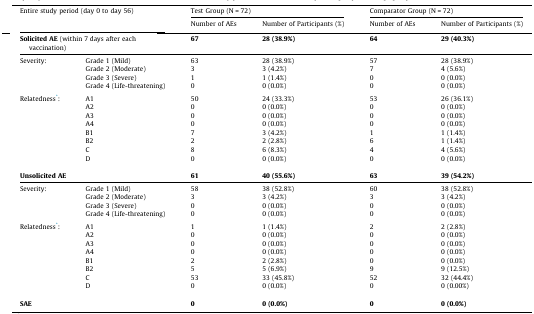
<table><thead><tr><td colspan="2"><b>Entire study period (day 0 to day 56)</b></td><td colspan="2"><b>Test Group (N = 72)</b></td><td colspan="2"><b>Comparator Group (N = 72)</b></td></tr><tr><td colspan="2"></td><td rowspan="2"><b>Number of AEs</b></td><td rowspan="2"><b>Number of Participants (%)</b></td><td rowspan="2"><b>Number of AEs</b></td><td rowspan="2"><b>Number of Participants (%)</b></td></tr></thead><tbody><tr><td colspan="2"><b>Solicited AE</b> (within 7 days after each vaccination)</td><td><b>67</b></td><td><b>28 (38.9%)</b></td><td><b>64</b></td><td><b>29 (40.3%)</b></td></tr><tr><td rowspan="4">Severity:</td><td>Grade 1 (Mild)</td><td>63</td><td>28 (38.9%)</td><td>57</td><td>28 (38.9%)</td></tr><tr><td>Grade 2 (Moderate)</td><td>3</td><td>3 (4.2%)</td><td>7</td><td>4 (5.6%)</td></tr><tr><td>Grade 3 (Severe)</td><td>1</td><td>1 (1.4%)</td><td>0</td><td>0 (0.0%)</td></tr><tr><td>Grade 4 (Life-threatening)</td><td>0</td><td>0 (0.0%)</td><td>0</td><td>0 (0.0%)</td></tr><tr><td colspan="6">  </td></tr><tr><td rowspan="8">Relatedness*:</td><td>A1</td><td>50</td><td>24 (33.3%)</td><td>53</td><td>26 (36.1%)</td></tr><tr><td>A2</td><td>0</td><td>0 (0.0%)</td><td>0</td><td>0 (0.0%)</td></tr><tr><td>A3</td><td>0</td><td>0 (0.0%)</td><td>0</td><td>0 (0.0%)</td></tr><tr><td>A4</td><td>0</td><td>0 (0.0%)</td><td>0</td><td>0 (0.0%)</td></tr><tr><td>B1</td><td>7</td><td>3 (4.2%)</td><td>1</td><td>1 (1.4%)</td></tr><tr><td>B2</td><td>2</td><td>2 (2.8%)</td><td>6</td><td>1 (1.4%)</td></tr><tr><td>C</td><td>8</td><td>6 (8.3%)</td><td>4</td><td>4 (5.6%)</td></tr><tr><td>D</td><td>0</td><td>0 (0.0%)</td><td>0</td><td>0 (0.0%)</td></tr><tr><td colspan="6">  </td></tr><tr><td colspan="2"><b>Unsolicited AE</b></td><td><b>61</b></td><td><b>40 (55.6%)</b></td><td><b>63</b></td><td><b>39 (54.2%)</b></td></tr><tr><td rowspan="4">Severity:</td><td>Grade 1 (Mild)</td><td>58</td><td>38 (52.8%)</td><td>60</td><td>38 (52.8%)</td></tr><tr><td>Grade 2 (Moderate)</td><td>3</td><td>3 (4.2%)</td><td>3</td><td>3 (4.2%)</td></tr><tr><td>Grade 3 (Severe)</td><td>0</td><td>0 (0.0%)</td><td>0</td><td>0 (0.0%)</td></tr><tr><td>Grade 4 (Life-threatening)</td><td>0</td><td>0 (0.0%)</td><td>0</td><td>0 (0.0%)</td></tr><tr><td colspan="6">  </td></tr><tr><td rowspan="8">Relatedness*:</td><td>A1</td><td>1</td><td>1 (1.4%)</td><td>2</td><td>2 (2.8%)</td></tr><tr><td>A2</td><td>0</td><td>0 (0.0%)</td><td>0</td><td>0 (0.0%)</td></tr><tr><td>A3</td><td>0</td><td>0 (0.0%)</td><td>0</td><td>0 (0.0%)</td></tr><tr><td>A4</td><td>0</td><td>0 (0.0%)</td><td>0</td><td>0 (0.0%)</td></tr><tr><td>B1</td><td>2</td><td>2 (2.8%)</td><td>0</td><td>0 (0.0%)</td></tr><tr><td>B2</td><td>5</td><td>5 (6.9%)</td><td>9</td><td>9 (12.5%)</td></tr><tr><td>C</td><td>53</td><td>33 (45.8%)</td><td>52</td><td>32 (44.4%)</td></tr><tr><td>D</td><td>0</td><td>0 (0.0%)</td><td>0</td><td>0 (0.00%)</td></tr><tr><td colspan="6">  </td></tr><tr><td colspan="2"><b>SAE</b></td><td><b>0</b></td><td><b>0 (0.0%)</b></td><td><b>0</b></td><td><b>0 (0.0%)</b></td></tr></tbody></table>